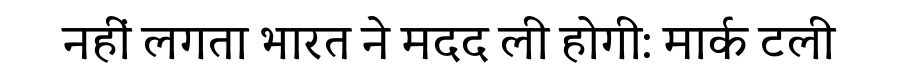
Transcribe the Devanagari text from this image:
नहीं लगता भारत ने मदद ली होगी: मार्क टली